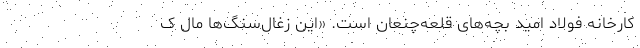
کارخانه فولاد امید بچه‌های قلعه‌چنعان است. «این زغال‌سنگ‌ها مال ک